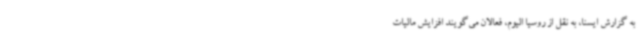
به گزارش ایسنا، به نقل از روسیا الیوم، فعالان می‌گویند افزایش مالیات